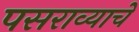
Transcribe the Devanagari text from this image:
पसराव्याचे